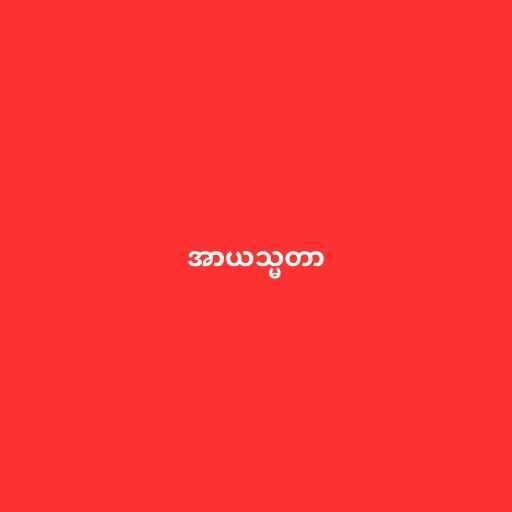
အာယသ္မတာ